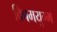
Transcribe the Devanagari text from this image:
विषमयुग्म